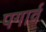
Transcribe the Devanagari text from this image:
पगार्व